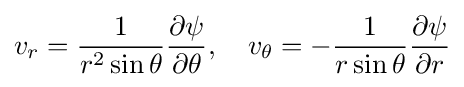
v_{r}={\frac {1}{r^{2}\sin \theta }}{\frac {\partial \psi }{\partial \theta }},\quad v_{\theta }=-{\frac {1}{r\sin \theta }}{\frac {\partial \psi }{\partial r}}